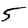
Digit: 5